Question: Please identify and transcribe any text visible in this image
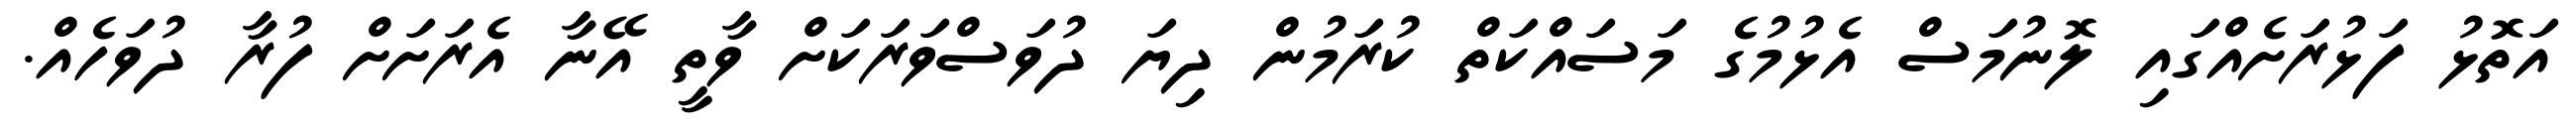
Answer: އަތޮޅު ފަޅުރަށެއްގައި ލޮނުމަސް އެޅުމުގެ މަސައްކަތް ކުރަމުން ދިޔަ ދުވަސްވަރަކަށް ވާތީ އޭނާ އެރަށަށް ފުރާ ދުވަހެއް.